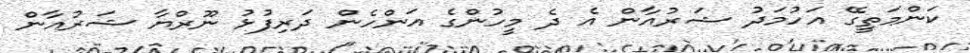
ކަންމަތީގޭ އަހުމަދު ޝަރުއާން އެ ދެ މީހުންގެ އަންހެން ދަރިފުޅު ނޫރްޔާ ޝަރުއާން